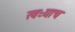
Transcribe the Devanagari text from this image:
खऱ्याच